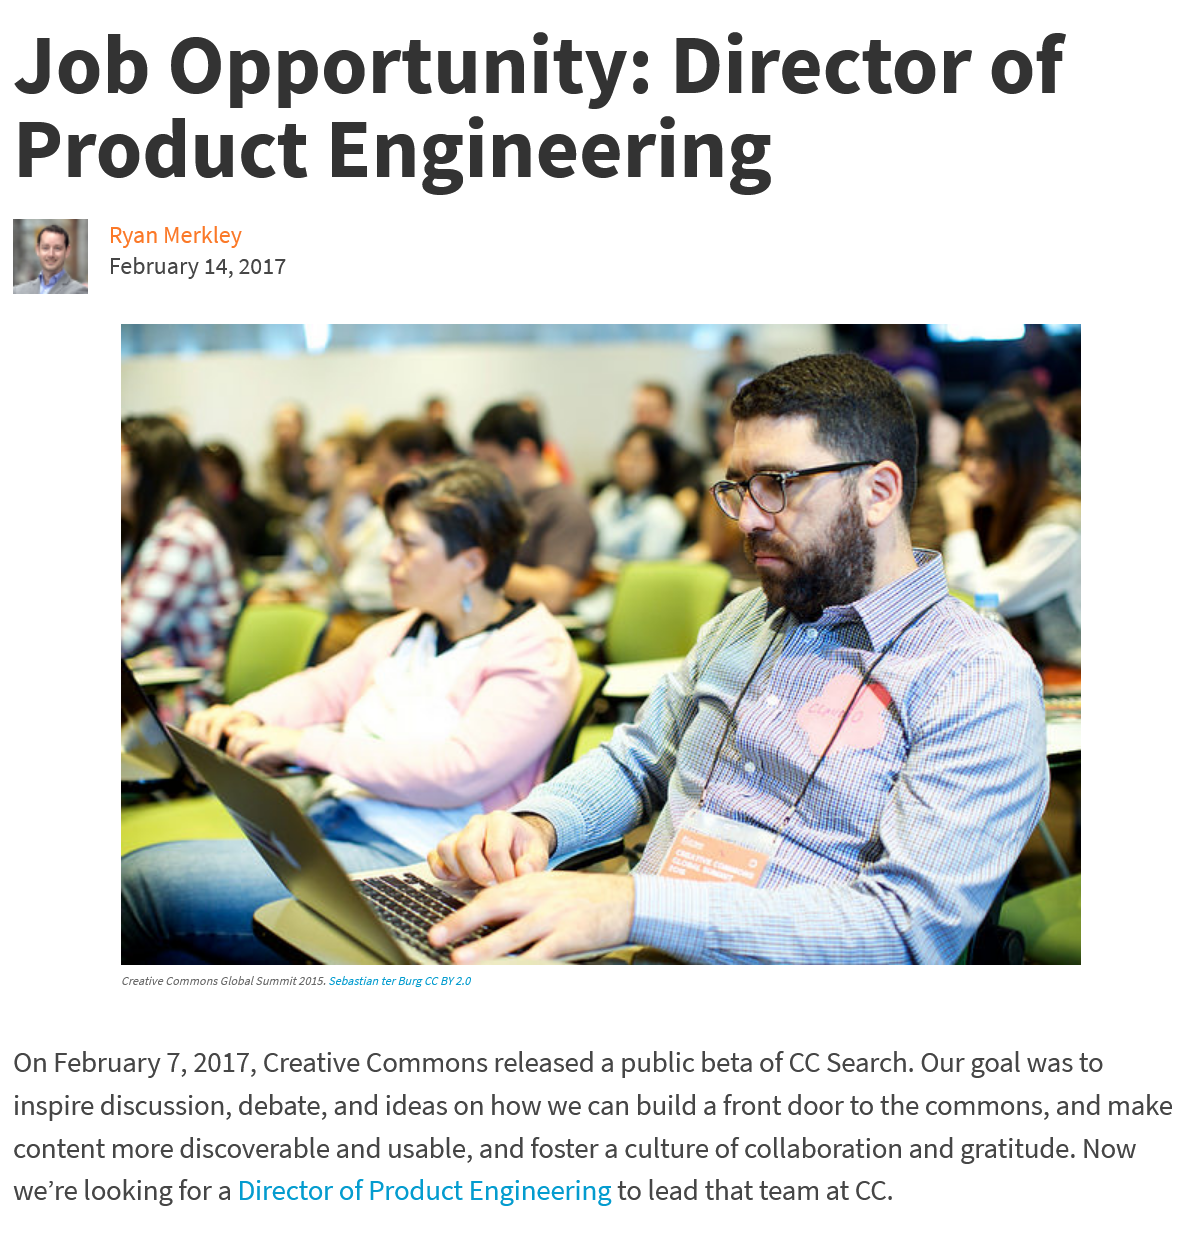
Job    Opportunity:    Director    of
  Product    Engineering
  On February 7, 2017, Creative Commons released a public beta of CC Search. Our goal was to
  inspire discussion, debate, and ideas on how we can build a front door to the commons, and make
  content more discoverable and usable, and foster a culture of collaboration and gratitude. Now
  we’re looking for a Director of Product Engineering to lead that team at CC.
     Creative Commons Global Summit 2015. Sebastian ter Burg CC BY 2.0
     Ryan Merkley
     February 14, 2017